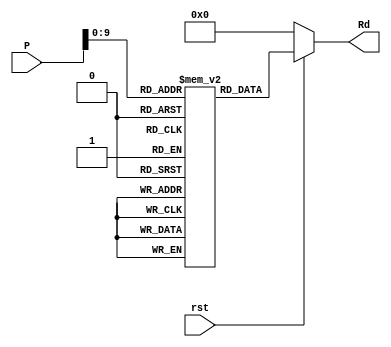
`timescale 1ns / 1ps
//////////////////////////////////////////////////////////////////////////////////
// Company: 
// Engineer: 
// 
// Design Name: 
// Module Name: Instruction_memory
// Project Name: 
// Target Devices: 
// Tool Versions: 
// Description: 
// 
// Dependencies: 
// 
// Revision:
// Revision 0.01 - File Created
// Additional Comments:
// 
//////////////////////////////////////////////////////////////////////////////////


module Instruction_memory(
    input [31:0]P,
    input rst,
    output [31:0] Rd
    );
reg [31:0]Memory[1023:0];
initial begin
Memory[0]=32'hFFC4A303;
end
assign Rd=(rst==1'b0)?(32'h00000000):(Memory[P]);
endmodule